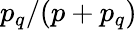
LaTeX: {p_{q}}/(p+p_{q})